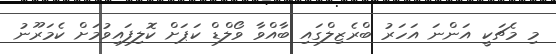
މި މެޗަކީ އަންނަ އަހަރު ބްރެޒިލްގައި ބާއްވާ ވޯލްޑް ކަޕަށް ކޮލިފައިވުމަށް ކެމަރޫނު